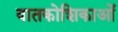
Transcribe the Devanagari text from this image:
वातकोशिकाओं